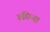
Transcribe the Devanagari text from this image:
रूफ़िया